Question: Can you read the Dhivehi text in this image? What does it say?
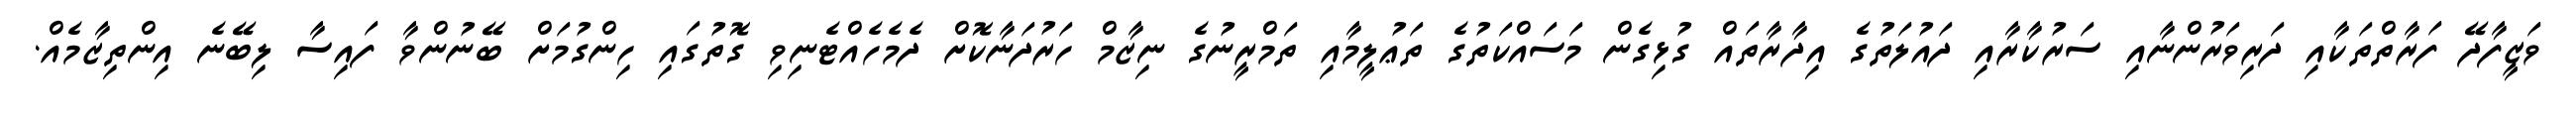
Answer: ވަޒީފާދޭ ފަރާތްތަކާއި ދަރިވަރުންނާއި ސަރުކާރާއި ދައުލަތުގެ އިދާރާތައް ގުޅިގެން މަސައްކަތުގެ ތަޢުލީމާއި ތަމްރީނުގެ ނިޒާމް ހަރުދަނާކޮށް ދެމެހެއްޓެނިވި ގޮތުގައި ހިންގުމަށް ބޭނުންވާ ފައިސާ ލިބޭނެ އިންތިޒާމެއް.